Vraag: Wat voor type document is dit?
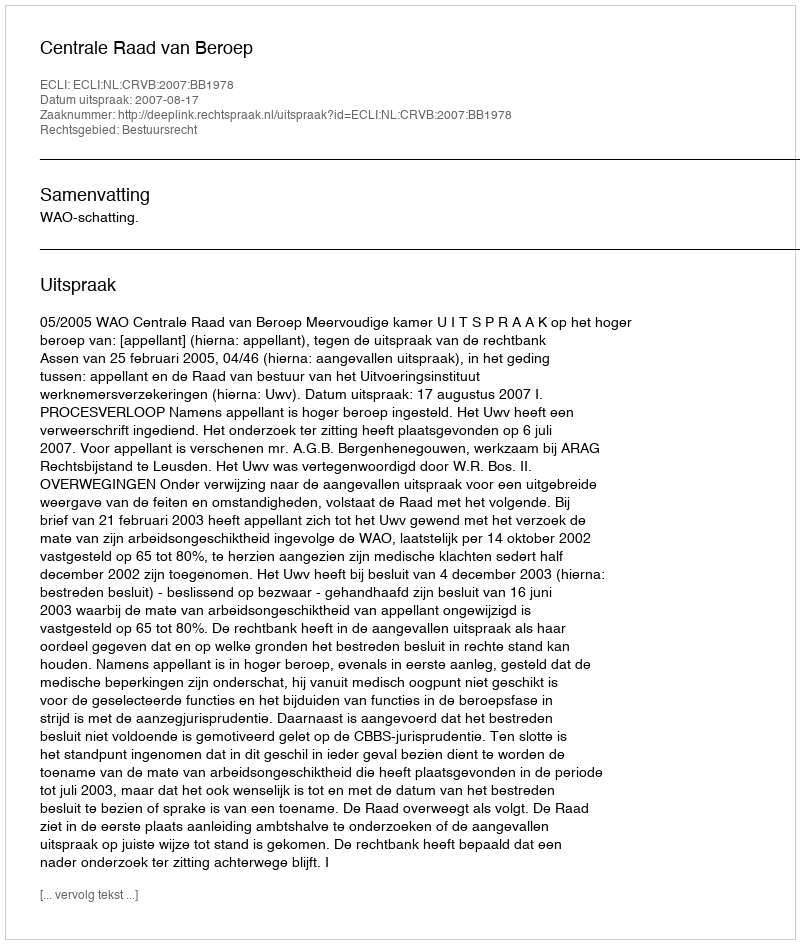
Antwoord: Uitspraak